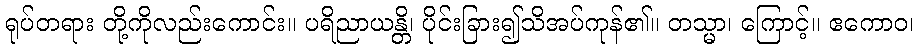
ရုပ်တရား တို့ကိုလည်းကောင်း။ ပရိညာယန္တိ၊ ပိုင်းခြား၍သိအပ်ကုန်၏။ တသ္မာ၊ ကြောင့်။ ဧကောဝ၊